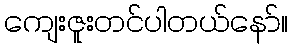
ကျေးဇူးတင်ပါတယ်နော်။